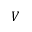
V